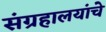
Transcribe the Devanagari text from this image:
संग्रहालयांचे